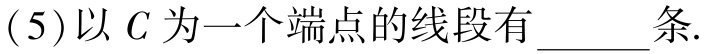
(5)以 \(C\) 为一个端点的线段有 \(\underline{\qquad}\)条.